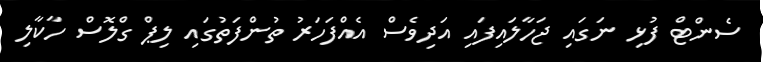
ސެންޓް ފުޅި ނަގައި ޖަހާލައިފައި އަދިވެސް އެއްފަހަރު ތުންފަތުގައި ލިޕް ގްލޮސް ހާކާލި